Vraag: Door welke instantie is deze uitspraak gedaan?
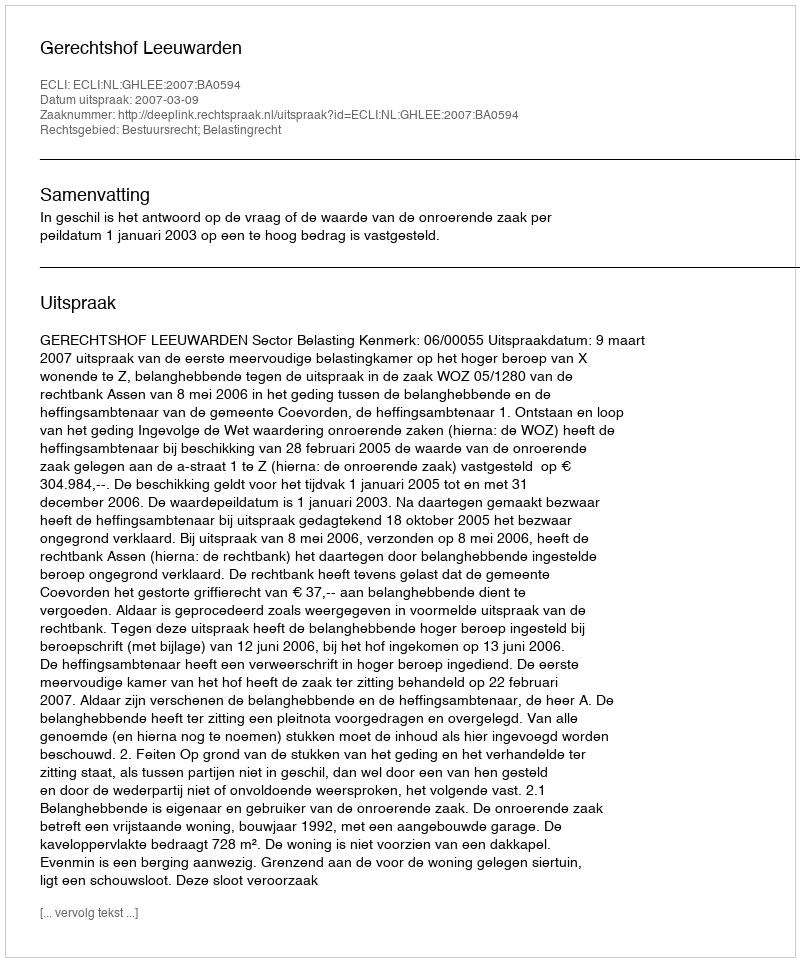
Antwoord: Gerechtshof Leeuwarden